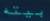
بيته